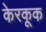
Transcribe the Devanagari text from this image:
केरकूक